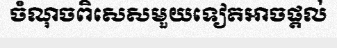
ចំណុចពិសេសមួយទៀតអាចផ្តល់